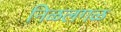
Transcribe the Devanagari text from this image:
निळलगळ